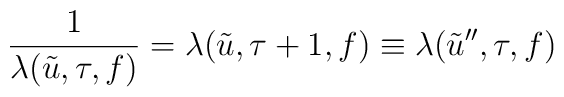
\frac{1}{\lambda(\tilde{u},\tau,f)}=\lambda(\tilde{u},\tau +1,f) \equiv \lambda(\tilde{u}'',\tau,f)